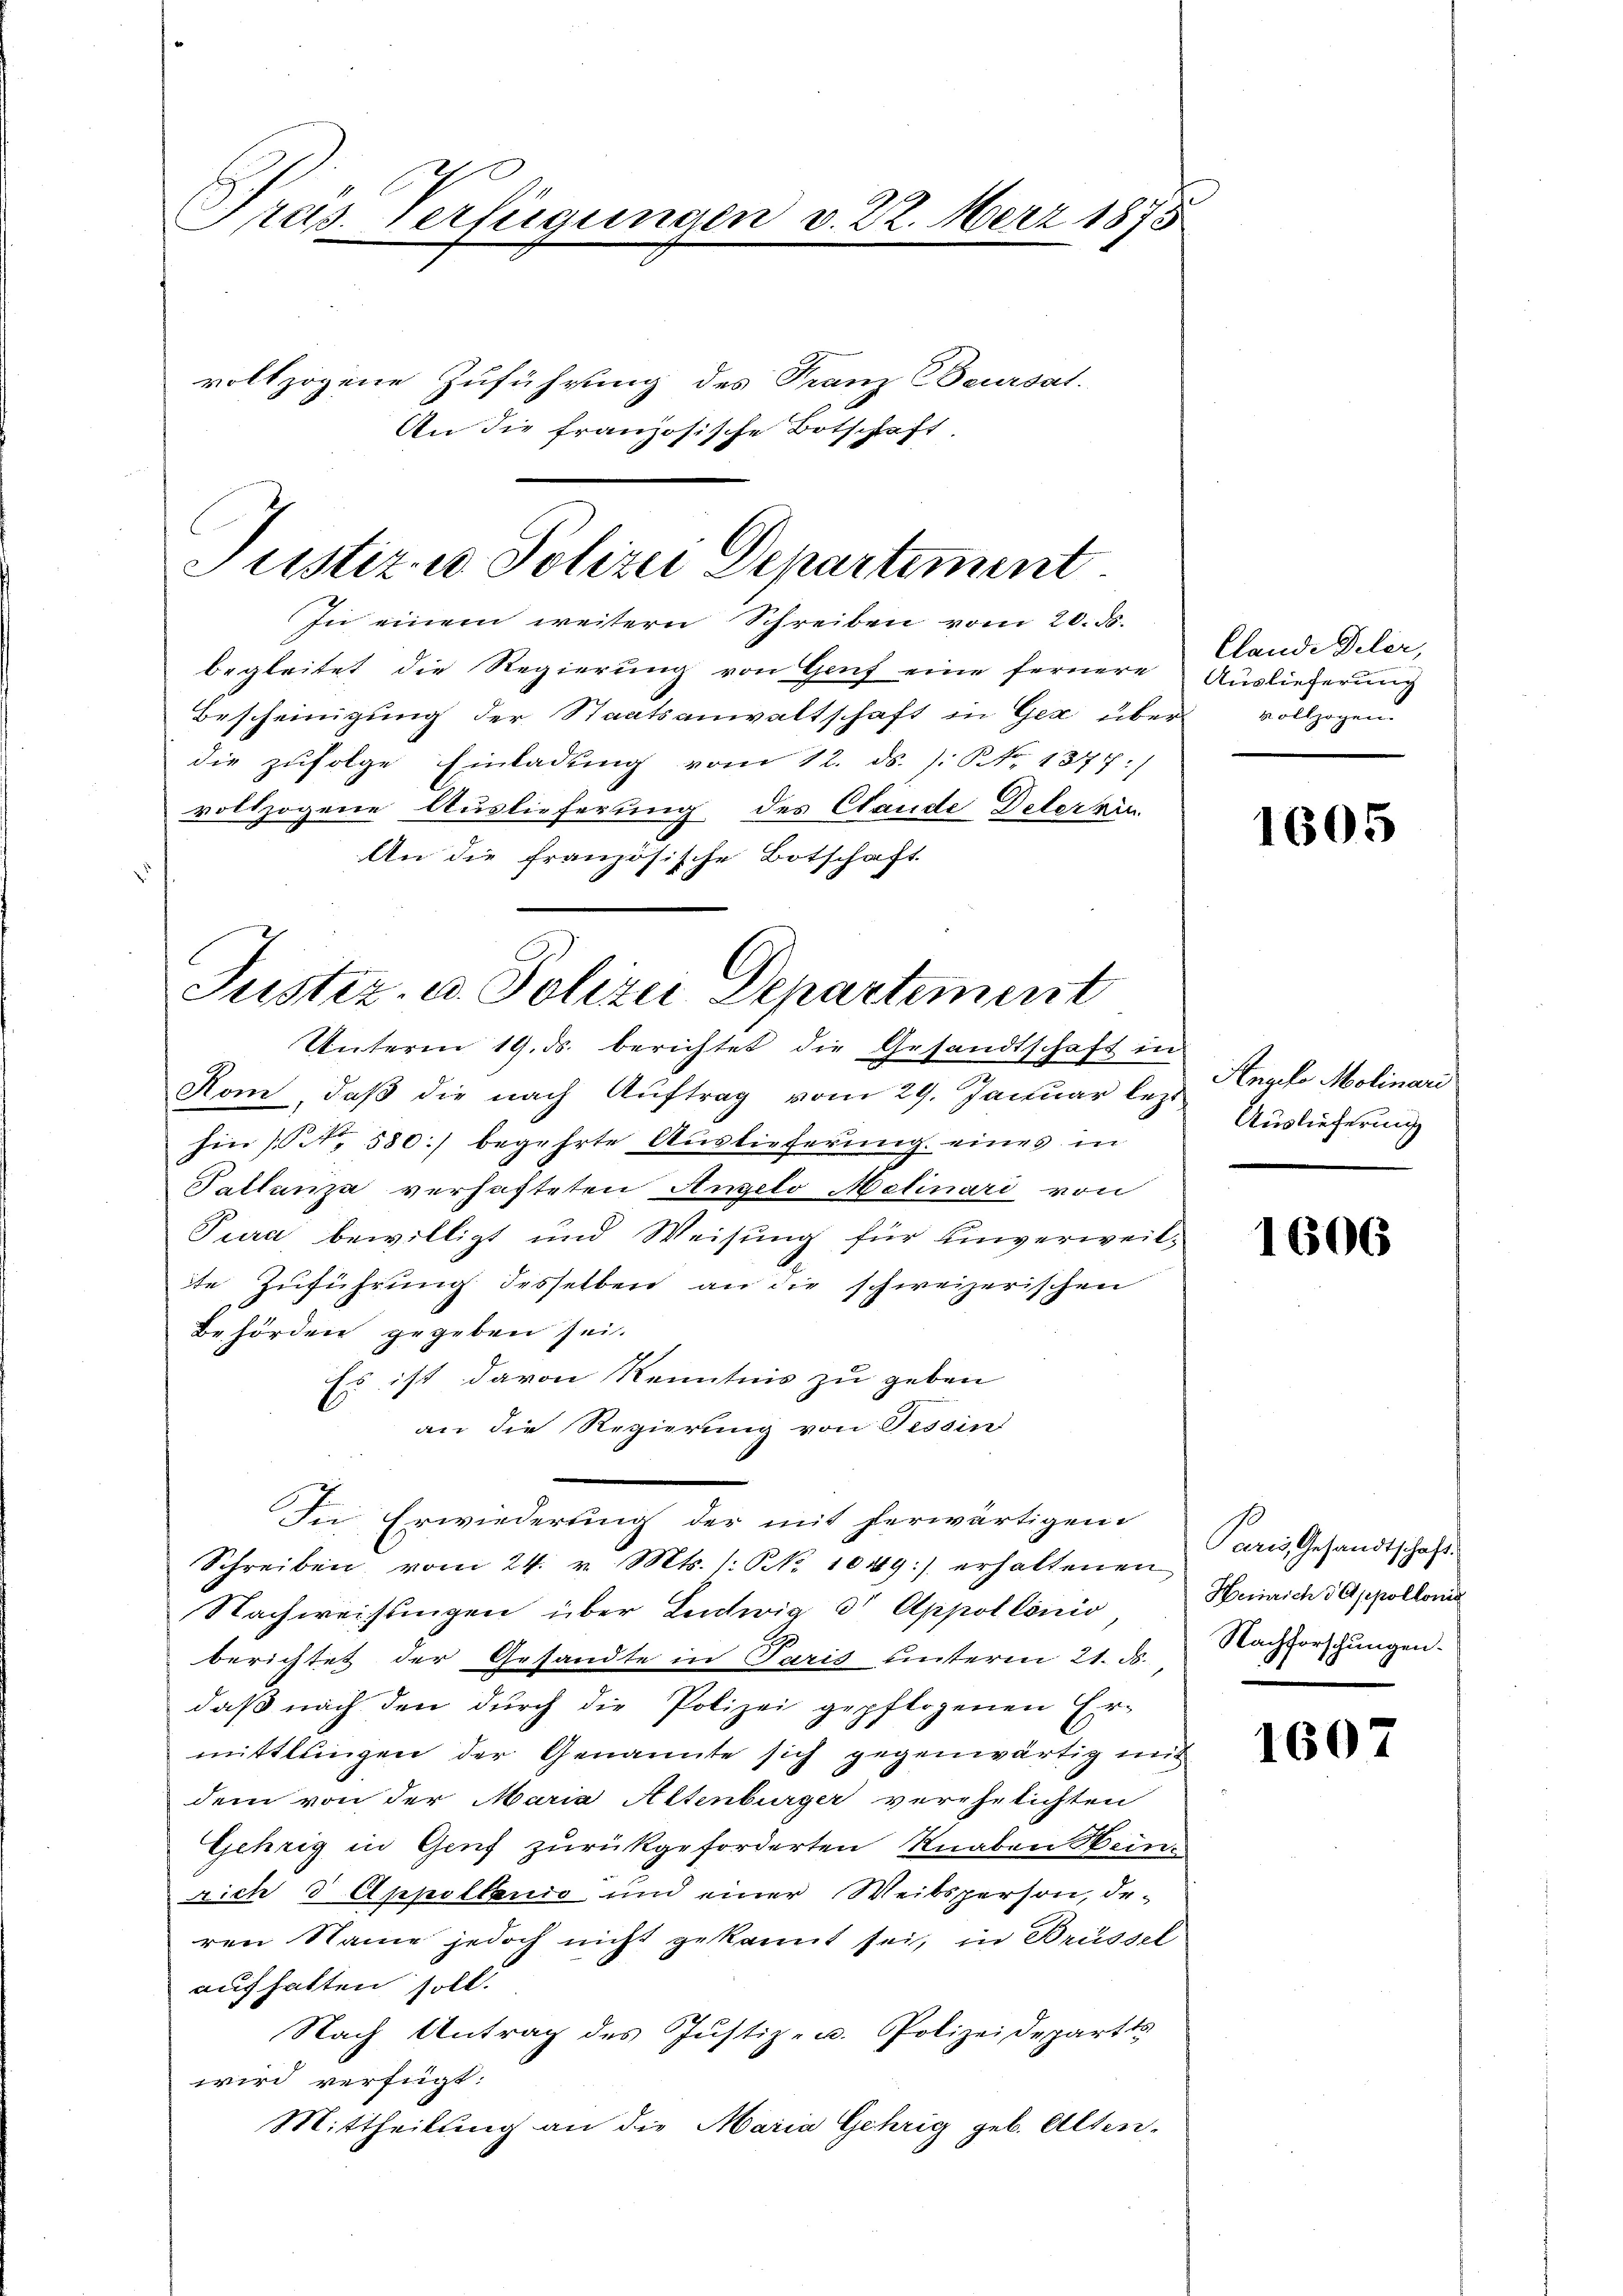
Pras Verfügungen v. 22. März 1875

An die französische Botschaft.

Justiz u. Polizei Departement
In einem weitern Schreiben vom 20. ds.

begleitet die Regierung von Genf eine fernere
Bescheinigung der Staatsanwaltschaft in Ger über vollzogen
die zufolge Einladung vom 12. ds. /: NNo. 1877 :/
vollzogene Auslieferung des Stande Deter hin
An die französische Botschaft

Justiz- u. Polizei Departement
Unterm 19. ds. berichtet die Gesandtschaft in

vollzogene Zuführung des Franz Beursat

Die Erwiederung der mit herwärtigen

Clande Deler,
Auslieferung

2
Rom, daß die nach Auftrag vom 29. Januar lezt Angelo Molinari
hin [No 580] begehrte Auslieferung eines in
Tallanza verhafteten Angelo Melinari von
Pura, bewilligt und Weisung für Einverweilte Zuführung desselben an die schweizerischen
Behörden gegeben sei.
Es ist davon Kenntnis zu geben
an die Regierung von Tessin
Schreiben vom 24. v. Mts. /: NNo. 1049:) erhaltenen
Nachweisungen über Lentwig 3t Appollonio
berichtet der Gesandte in Paris unterm 21. d. Nachforschungen.
daß nach den durch die Polizei gepflogenen Er-
mittlungen der Genannte sich gegenwärtig mit
dem von der Maria Altenburger verehelichten
Gehrig in Genf zurückgeforderten Knaben Heinrich 3 Appellenio und einer Weibsperson, de-
ren Name jedoch nicht gekannt sei, in Brüssel
aufhalten soll.
Nach Antrag des Justiz- u. Polizeidepartts
wird verfügt:
Mittheilung an die Maria Gehrig geb. Alten.

1605

Auslieferung

1606

Paris, Gesandtschaft.
Heinrich d Appollonis

1607